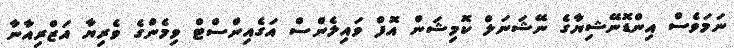
ނަމަވެސް އިންޑޮނޭޝިޔާގެ ނޭޝަނަލް ކޮމިޝަން އޮފް ވައިލެންސް އަގެއިންސްޓް ވިމެންގެ ވެރިޔާ އަޒްރިއާނާ